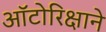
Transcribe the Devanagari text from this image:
ऑटोरिक्षाने